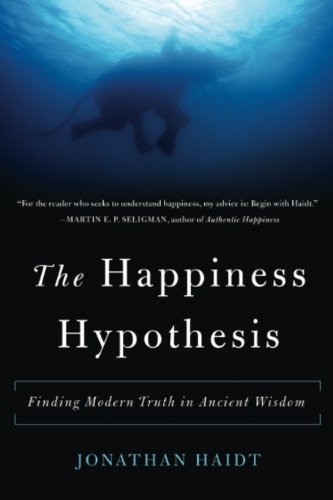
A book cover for The Happiness Hypothesis: Finding Modern Truth in Ancient Wisdom; Jonathan Haidt; Politics & Social Sciences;